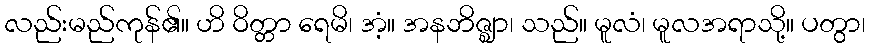
လည်းမည်ကုန်၏။ ဟိ ဝိတ္တာ ရေမိ၊ အံ့။ အနဘိဇ္ဈာ၊ သည်။ မူလံ၊ မူလအရာသို့။ ပတွာ၊